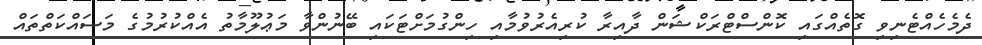
ދެމެހެއްޓެނިވި ގޮތެއްގައި ކޮންސްޓްރަކްޝަން ދާއިރާ ކުރިއެރުވުމާއި ހިންގުމަށްޓަކައި ބޭނުންވާ މަޢުލޫމާތު އެއްކުރުމުގެ މަސައްކަތްތައް